Report on sanitation, dispensaries, and jails in Rajputana for 1916, and on vaccination for the year 1916-1917 - 1916-1917
Year: 1916
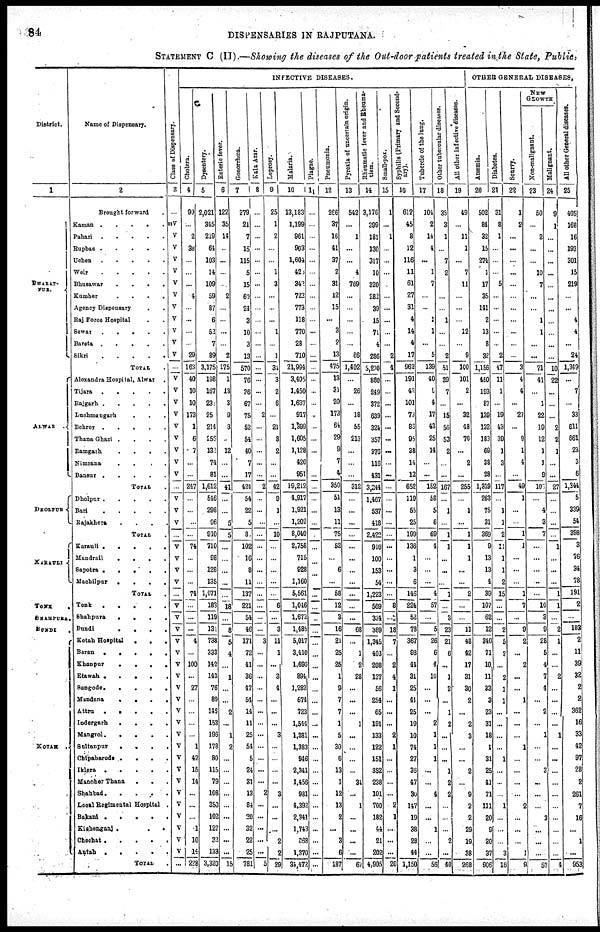
84
DISPENSARIES IN RAJPUTANA.
STATEMENT C (II).—Showing the diseases of the Out-door patients treated in the State, Public,
District.
1
BHARAT-
PUR.
ALWAR.
DHOLPUR
KARAULI
TONK
.
SHAHPURA .
BUNDI
.
KOTAH
.
Name of Dispensary.
2
Brought forward.
Kaman
Pahari
....
Rupbas
Uchen
.....
Weir
Bhusawar
.
.
.
.
Kumher
.
.
.
.
Agency Dispensary . .
Raj Force Hospital..
Sewar
Bareta
Sikri
TOTAL.
Alexandra Hospital, Alwar .
Tijara
Rajgarh
Luchmangarh ...
Behror
Thana Ghazi . . . .
Ramgarh
.
.
.
.
Nimrana . . . .
Bansur
TOTAL.
Dholpur
Bari
Rajakhera . . . .
TOTAL.
Karauli
Mandrail
.
.
.
.
Sapotra
.
.
.
.
Machilpur
.
.
.
.
TOTAL.
Tonk
Shahpura
.
.
.
.
Bundi
.
.
.
.
Kotah Hospital
.
.
.
Baran
.
.
.
.
.
Khanpur
.
.
.
.
Etawah .
.
.
.
Sangode
.
.
.
.
.
Mandana . . . .
Attru
.
.
.
.
Indergarh
.
.
. .
Mangrol . . . .
Sultanpur . . . .
Chipabarode . . . .
Iklera .
.
.
.
Manoher Thana . . .
Shahbad . . . ..
Local Regimental Hospital .
Bakani .
.
.
.
Kishenganj.
.
.
.
Chechat .
.
.
.
Antah .
.
.
.
TOTAL .
Class of Dispensary.
3
...
V
V
V
V
V
V
V
V
V
V
V
V
...
V
V
V
V
V
V
V
V
V
...
V
V
V
...
V
V
V
V
...
V
V
V
V
V
V
V
V
V
V
V
V
V
V
V
V
V
V
V
V
V
V
...
INFECTIVE DIS
Cholera.
4
90
...
2
38
...
...
...
4
...
...
...
...
29
163
40
10
10
173
1
6
7
...
...
247
...
...
...
...
74
...
...
...
74
...
...
...
4
...
100
...
27
...
...
...
...
1
42
15
14
...
...
102
1
10
14
228
Dysentery.
5
2,021
345
219
64
103
14
109
59
87
6
52
7
89
3,175
198
167
23
25
214
258
132
74
81
1,612
546
298
96
940
710
98
128
135
1,071
183
119
131
738
333
142
143
76
89
146
153
196
178
80
115
79
108
350
...
127
33
133
3,320
Enteric fever.
6
122
35
14
...
...
...
...
2
...
...
...
...
2
175
1
13
3
9
3
...
12
...
...
41
...
...
5
5
...
...
...
...
...
18
...
8
5
4
...
1
...
...
2
...
1
2
...
...
...
...
...
20
...
...
...
15
Gonorrhœa.
7
279
21
7
15
115
5
15
60
24
3
10
3
13
570
76
36
67
75
52
54
40
7
17
424
54
22
5
8
102
16
8
11
137
221
54
46
171
72
41
36
47
54
14
11
25
54
5
24
31
13
84
...
32
22
25
781
Kala Azar.
8
...
...
...
...
...
...
...
...
...
...
...
...
...
...
...
...
...
2
...
...
...
...
...
2
...
...
...
...
...
...
...
...
...
...
...
...
3
...
...
...
...
...
...
...
...
...
...
...
...
2
...
...
...
...
...
5
Leprosy.
9
25
1
2
...
...
1
3
...
...
...
1
...
1
31
3
2
6
...
21
8
2
...
...
42
9
1
...
10
...
...
...
...
...
6
...
3
11
1
...
3
4
...
...
...
3
...
...
...
...
3
...
...
...
2
2
29
Malaria.
10
13,183
1,199
961
903
1,604
423
342
722
773
118
770
28
710
21,994
3,405
1,450
1,637
917
1,399
1,605
1,128
420
951
19,212
4,917
1,921
1,202
8,040
2,758
715
928
1,160
5,561
1,046
1,672
1,485
5,017
3,440
1,696
894
1,282
674
723
1,544
1,381
1,383
946
2,341
1,456
931
4,392
2,341
1,743
368
1,370
34472
Plague.
11
...
...
...
...
...
...
...
...
...
...
...
...
...
...
...
...
...
...
...
...
...
...
...
...
...
...
...
...
...
...
...
...
...
...
...
...
...
...
...
...
...
...
...
...
...
...
...
...
...
...
...
...
...
...
...
...
Pneumonia.
12
266
37
16
41
37
2
31
12
15
...
3
2
13
475
13
31
20
173
64
29
9
7
4
350
51
13
11
75
52
...
6
...
58
12
3
16
21
25
25
1
9
7
7
1
5
30
6
13
1
12
13
2
...
3
6
187
Pyrexia of uncertain origin.
13
542
...
1
...
...
4
769
...
...
...
...
...
86
1,402
...
26
...
18
55
213
...
...
...
312
...
...
...
...
...
...
...
...
...
...
...
68
...
1
2
28
...
...
...
1
...
...
...
...
34
...
1
...
...
...
...
67
Rheumatic fever and Rheuma-
tism.
14
3,176
399
181
130
317
10
320
282
39
15
71
4
286
5,230
880
249
372
639
324
357
376
116
431
3,244
1.467
537
418
2,422
916
100
153
54
1,223
569
334
389
1,345
403
208
137
56
254
65
191
133
122
151
352
238
101
700
182
44
21
202
4,905
Small-pox.
15
1
...
1
...
...
...
...
...
...
...
...
...
2
4
...
...
...
...
...
...
...
...
...
...
...
...
...
...
...
...
...
...
...
8
...
18
7
...
2
4
1
...
...
...
2
1
...
...
...
...
2
1
...
...
...
20
Syphilis (Primary and second-
ary).
16
612
45
8
12
116
11
61
27
31
4
14
4
17
962
191
42
101
73
86
95
38
14
12
652
119
55
25
199
136
1
3
6
146
224
52
78
367
98
44
31
25
41
25
19
10
74
27
36
47
30
147
19
38
28
44
1,150
Tubercle of the lung.
17
104
2
14
4
...
1
7
...
...
1
1
...
5
139
40
9
4
17
43
25
14
...
...
152
58
5
6
69
4
...
...
...
4
57
...
5
26
6
4
10
...
...
...
2
1
1
1
...
...
4
...
...
1
...
...
56
Other tubercular diseases.
18
35
3
1
7
2
...
...
...
1
...
...
2
51
29
7
...
15
56
53
2
...
...
167
...
1
...
1
1
...
...
...
1
...
3
23
21
6
...
1
2
...
1
2
...
...
...
1
2
2
...
...
...
2
...
40
All other infective diseases.
19
49
...
11
1
...
7
11
...
...
...
12
...
9
100
101
2
...
32
48
70
...
2
...
255
...
1
...
1
1
1
...
...
2
...
...
11
48
42
17
31
30
2
...
2
3
...
...
2
...
9
2
2
29
19
38
268
OTHER GENERAL DISEASES,
Anœmia.
20
502
84
32
15
274
1
17
35
141
2
13
8
32
1,156
450
193
87
139
132
183
69
38
28
1,319
263
75
31
369
9
13
13
4
39
107
62
12
340
71
10
11
33
3
23
31
18
1
31
25
41
71
111
20
9
20
37
906
Diabetes.
21
31
8
1
...
...
...
5
...
...
...
...
...
2
47
11
1
...
19
43
39
1
3
...
117
...
1
1
2
11
1
1
2
15
...
...
2
5
5
...
2
1
1
...
...
...
...
1
...
...
...
1
...
...
...
3
16
Scurvy.
22
1
2
...
...
...
...
...
...
...
...
...
...
...
3
4
4
...
27
...
9
1
4
...
49
1
...
...
1
1
...
...
...
1
7
...
9
2
...
2
...
...
1
...
...
...
1
...
...
...
...
2
...
...
...
1
9
NEW
GROWTH
Non-malignant.
23
50
...
2
...
...
10
7
...
...
1
1
...
...
71
41
...
1
22
19
12
1
1
9
103
...
4
3
7
...
...
...
...
...
10
3
9
28
5
4
7
4
...
2
...
1
...
...
3
...
...
...
3
...
...
...
57
Malignant.
24
9
1
...
...
...
...
...
...
...
...
...
...
...
10
22
...
...
...
2
2
1
...
...
27
...
...
...
...
1
...
...
...
1
1
...
2
1
...
...
2
...
...
...
...
1
...
...
...
...
...
...
...
...
...
...
4
All other General diseases.
25
405
168
16
193
301
15
219
...
...
4
4
...
24
1,349
...
7
...
33
611
661
23
3
6
1,344
5
339
54
398
3
76
34
78
191
2
...
103
2
11
39
32
2
2
362
16
33
42
97
28
2
261
7
16
...
1
...
953